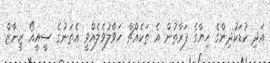
އަދި ކުޑަކުދިންގެ ހިޔާގެ ފަރާތުން އެ ތަކެއްޗާ ހަވާލުވެލެއްވީ އެތަނުގެ ސީއީއޯ ޒީީނާޒް